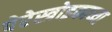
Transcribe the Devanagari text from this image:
पेरेस्त्रोइकाच्या